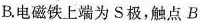
B.电磁铁上端为S极，触点B